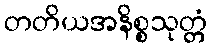
တတိယအနိစ္စသုတ္တံ